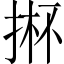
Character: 𱠈